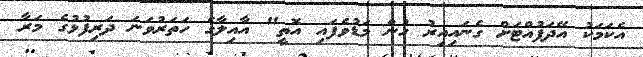
އެކަމަކު އޭދަފުއްޓަށް ގެނައިއިރު ހުން މަޑުވެފައި އޮތީ" އާއިލާގެ ހަަތަރުވަނަ ދަރިފުޅުގެ މަރާ